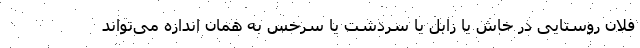
فلان روستایی در خاش یا زابل یا سردشت یا سرخس به همان اندازه می‌تواند